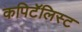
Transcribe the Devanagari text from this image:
कपिटॅलिस्ट